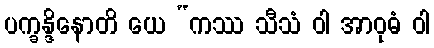
ပက္ခန္ဒိနောတိ ယေ “ကဿ သီသံ ဝါ အာဝုဓံ ဝါ